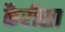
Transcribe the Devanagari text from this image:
कैरीसा